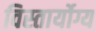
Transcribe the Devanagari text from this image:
विस्तार्योग्य